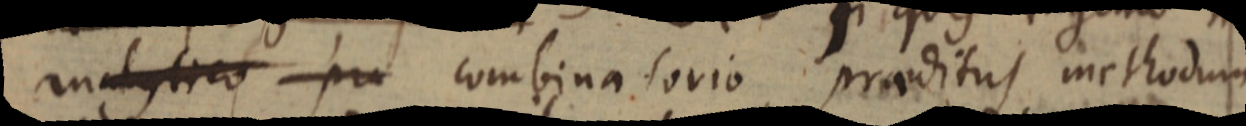
analytico pr combinatorio praeditus methodum